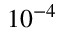
1 0 ^ { - 4 }